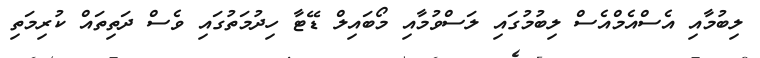
ލިބުމާއި އެސްއެމްއެސް ލިބުމުގައި ލަސްވުމާއި މޯބައިލް ޑޭޓާ ހިދުމަތުގައި ވެސް ދަތިތައް ކުރިމަތި